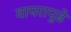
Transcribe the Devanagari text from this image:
वापरापुढे